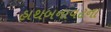
હાથબનાવટના